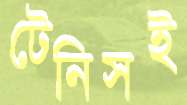
টেনিসই